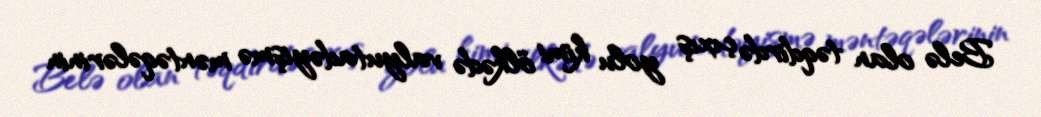
Belə olan təqdirdə çıxış yolu kimi ölkədə valyutadəyişmə məntəqələrinin